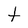
Character: t